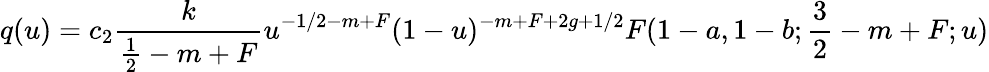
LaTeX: q(u)=c_{2}\frac k{\frac 12-m+F}u^{-1/2-m+F}(1-u)^{-m+F+2g+1/2}F(1-a,1-b;\frac 32-m+F;u)